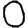
Digit: 0